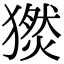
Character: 𤢅